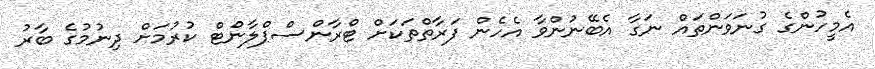
އެމީހުންގެ ގުނަވަންތައް ނަގާ އެބޭނުންވާ އެހެން ފަރާތްތަކަށް ޓްރާންސްޕްލާންޓް ކުރުމަށް ދިނުމުގެ ބާރު